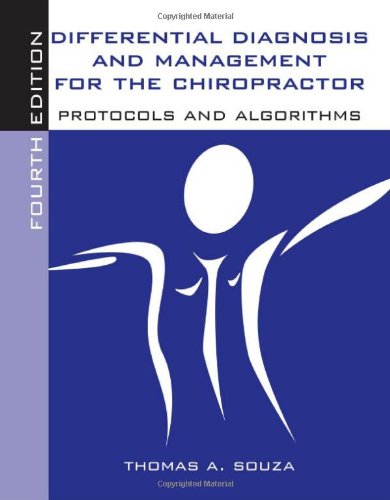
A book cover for Differential Diagnosis And Management For The Chiropractor: Protocols And Algorithms; Thomas A. Souza; Medical Books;